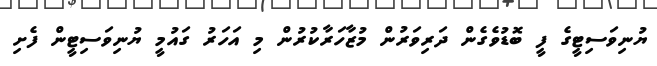
ޔުނިވަސިޓީގެ ފީ ބޮޑުވެގެން ދަރިވަރުން މުޒާހަރާކުރުން މި އަހަރު ގައުމީ ޔުނިވަސިޓީން ފެށި